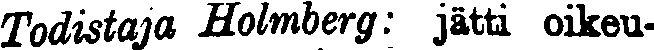
Todistaja Holmberg: jätti oikeu-